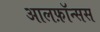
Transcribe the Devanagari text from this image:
आलफ़ॉन्सस